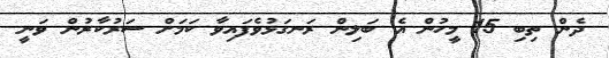
ދެން ތިބި 15 މީހުން އެ ބަލިން ރަނގަޅުވެފައިވާ ކަމަށް ސަރުކާރުން ވަނީ